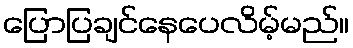
ပြောပြချင်နေပေလိမ့်မည်။